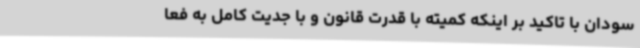
سودان با تاکید بر اینکه کمیته با قدرت قانون و با جدیت کامل به فعا